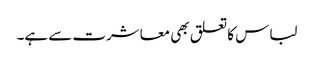
لباس کا تعلق بھی معاشرت سے ہے۔